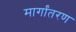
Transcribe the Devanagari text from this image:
मार्गांतरण